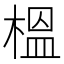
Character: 榲